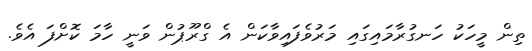
ތިން މީހަކު ހަނގުރާމައިގައި މަރުވެފައިވާކަން އެ ގްރޫޕުން ވަނީ ހާމަ ކޮށްފަ އެވެ.